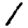
Digit: 1